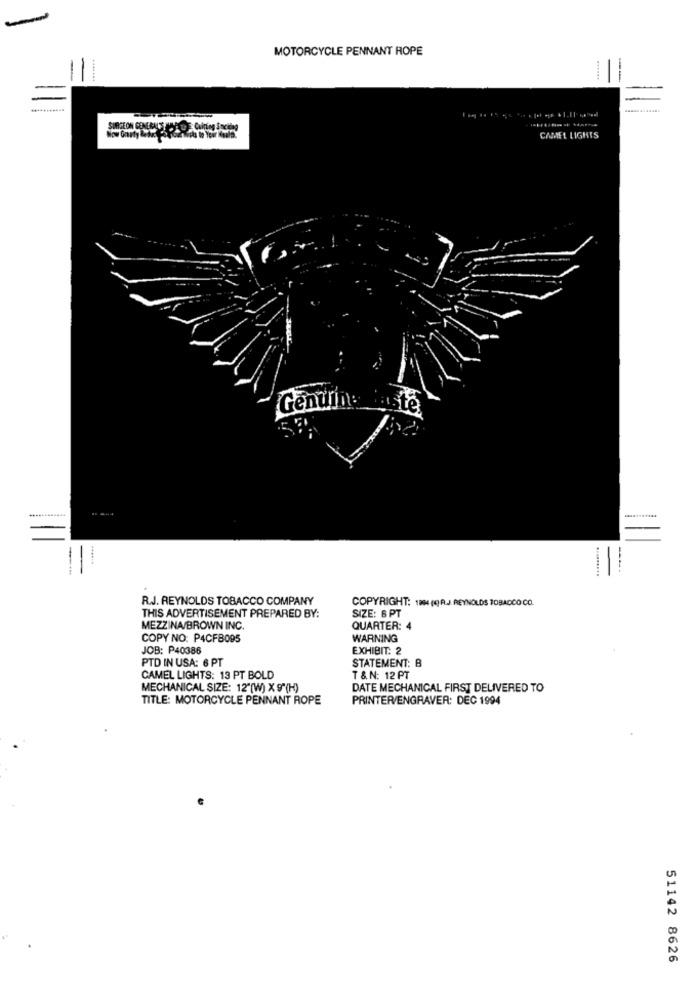
MOTORCYCLE PENNANT ROPE
--
-
CAMEL LIGHTS
Genuine
......
------
R.J. REYNOLDS TOBACCO COMPANY
COPYRIGHT: 1984 (@)RJ. REYNOLDS TOBACCO CO.
SIZE: 6 PT
THIS ADVERTISEMENT PREPARED BY:
MEZZINA/BROWN INC.
QUARTER: 4
COPY NO: P4CFB095
WARNING
JOB: P40386
EXHIBIT: 2
PTD IN USA: 6 PT
STATEMENT: B
CAMEL LIGHTS: 13 PT BOLD
T & N: 12 PT
MECHANICAL SIZE: 12"(W) X 9"(H)
DATE MECHANICAL FIRST DELIVERED TO
TITLE: MOTORCYCLE PENNANT ROPE
PRINTER/ENGRAVER: DEC 1994
51142 8626